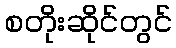
စတိုးဆိုင်တွင်